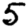
Digit: 5